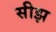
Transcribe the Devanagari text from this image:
सीझ